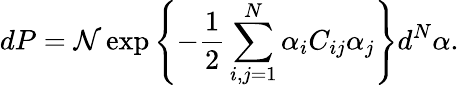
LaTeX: dP={\cal N}\exp\left\{ -\frac{1}{2}\sum_{i,j=1}^{N}\alpha_{i}C_{ij}\alpha_{j}\right\} d^{N}\alpha.